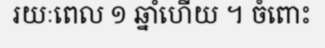
រយៈពេល ១ ឆ្នាំហើយ ។ ចំពោះ